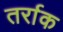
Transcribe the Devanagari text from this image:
तर्राक